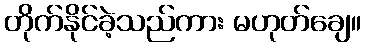
တိုက်နိုင်ခဲ့သည်ကား မဟုတ်ချေ။